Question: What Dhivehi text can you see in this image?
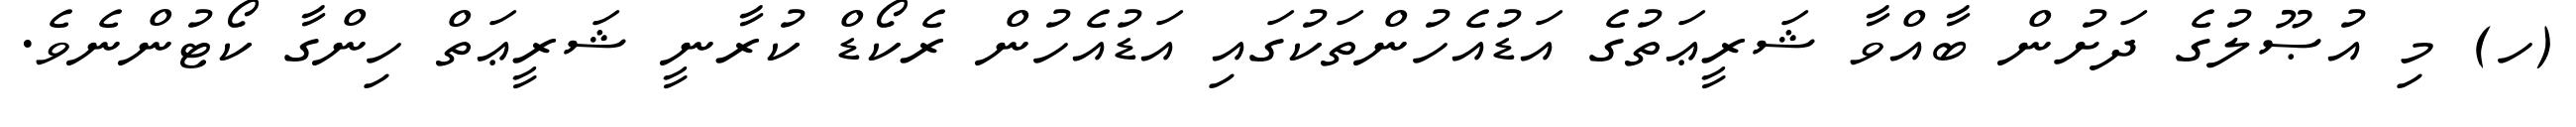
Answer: (ހ) މި އުޞޫލުގެ ދަށުން ބާއްވާ ޝަރީޢަތުގެ އަޑުއެހުންތަކުގައި އަޑުއެހުން ރެކޯޑް ކުރާނީ ޝަރީޢަތް ހިންގާ ކޯޓުންނެވެ.